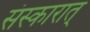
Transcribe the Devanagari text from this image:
संस्कारात्